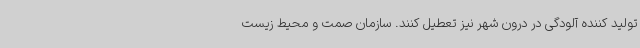
تولید کننده آلودگی در درون شهر نیز تعطیل کنند. سازمان صمت و محیط زیست